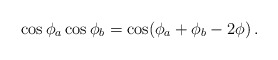
\begin{align*}\cos\phi_a\cos\phi_b=\cos(\phi_a+\phi_b-2\phi)\,.\end{align*}